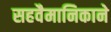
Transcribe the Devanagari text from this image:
सहवैमानिकाने